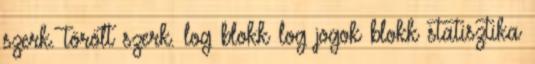
szerk. törölt szerk. log blokk log jogok blokk statisztika